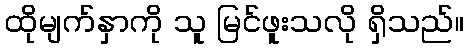
ထိုမျက်နှာကို သူ မြင်ဖူးသလို ရှိသည်။